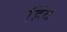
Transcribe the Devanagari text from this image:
हिंव